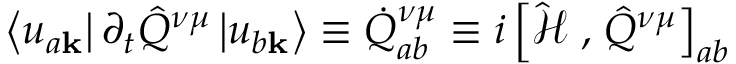
\left\langle u _ { a \mathbf { k } } \right| \partial _ { t } \hat { Q } ^ { \nu \mu } \left| u _ { b \mathbf { k } } \right\rangle \equiv \dot { Q } _ { a b } ^ { \nu \mu } \equiv i \left[ \hat { \mathcal { H } } \right. , \left. \hat { Q } ^ { \nu \mu } \right] _ { a b }